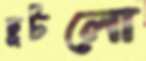
ছুটলো